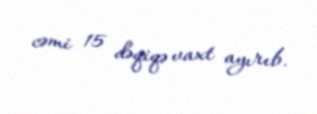
cəmi 15 dəqiqə vaxt ayırıb.